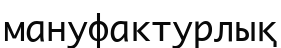
мануфактурлық